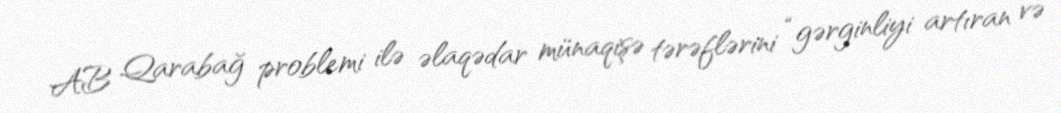
AB Qarabağ problemi ilə əlaqədar münaqişə tərəflərini “gərginliyi artıran və